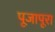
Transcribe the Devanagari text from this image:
पूजापूरा